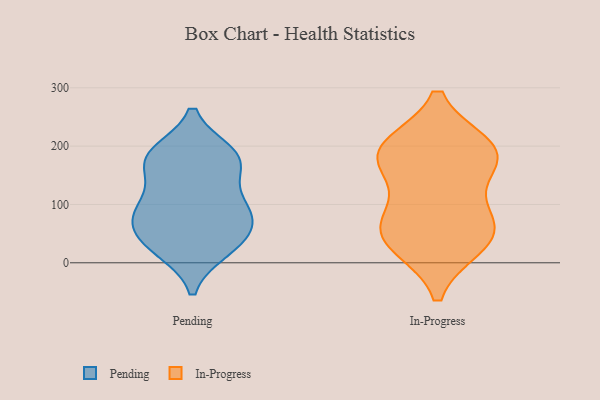
{"axis": {"x": "Humidity (%)", "y": "Value"}, "legend": ["In-Progress", "Pending"], "data": [{"x": "", "y": 83, "type": "Pending"}, {"x": "", "y": 77, "type": "Pending"}, {"x": "", "y": 181, "type": "Pending"}, {"x": "", "y": 105, "type": "Pending"}, {"x": "", "y": 25, "type": "Pending"}, {"x": "", "y": 187, "type": "Pending"}, {"x": "", "y": 174, "type": "Pending"}, {"x": "", "y": 78, "type": "Pending"}, {"x": "", "y": 52, "type": "Pending"}, {"x": "", "y": 37, "type": "Pending"}, {"x": "", "y": 181, "type": "Pending"}, {"x": "", "y": 23, "type": "Pending"}, {"x": "", "y": 107, "type": "Pending"}, {"x": "", "y": 168, "type": "Pending"}, {"x": "", "y": 192, "type": "In-Progress"}, {"x": "", "y": 198, "type": "In-Progress"}, {"x": "", "y": 78, "type": "In-Progress"}, {"x": "", "y": 58, "type": "In-Progress"}, {"x": "", "y": 194, "type": "In-Progress"}, {"x": "", "y": 70, "type": "In-Progress"}, {"x": "", "y": 31, "type": "In-Progress"}, {"x": "", "y": 164, "type": "In-Progress"}, {"x": "", "y": 179, "type": "In-Progress"}, {"x": "", "y": 32, "type": "In-Progress"}]}